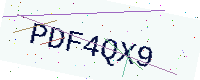
Text: PDF4QX9